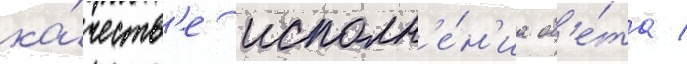
ка́честв'е исполн'е́н'иа об'е́та /